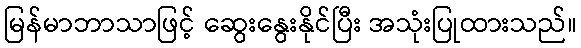
မြန်မာဘာသာဖြင့် ဆွေးနွေးနိုင်ပြီး အသုံးပြုထားသည်။